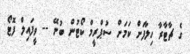
ގެ ޗާޓާރާ ހިލާފަށް ކަމަށް ސުޕްރީމް ކޯޓުން ބުނޭ -- ވީފައިލް ފޮޓޯ